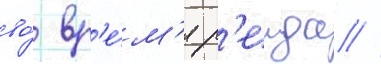
во́ вр'е́м'я р'еида //